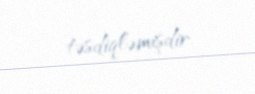
təsdiqləmişdir.